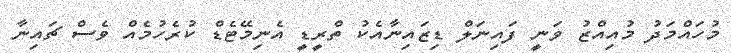
މުހައްމަދު މުއިއްޒު ވަނީ ފައިނަލް ޑިޒައިނާއެކު ތްރީޑީ އެނިމޭޓެޑް ކުރެހުމެއް ވެސް ޗައިނާ